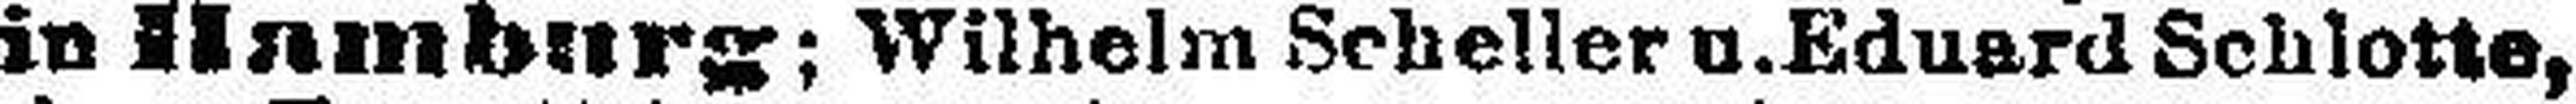
in Hamburg: Wilhelm Scheller u. Eduard Schlotte,